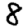
Digit: 8